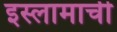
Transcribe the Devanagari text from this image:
इस्लामाची